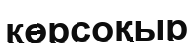
көрсоқыр